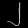
Digit: ၂